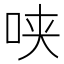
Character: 𰇕